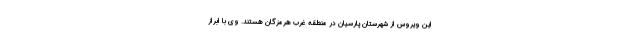
این ویروس از شهرستان پارسیان در منطقه غرب هرمزگان هستند. وی با ابراز